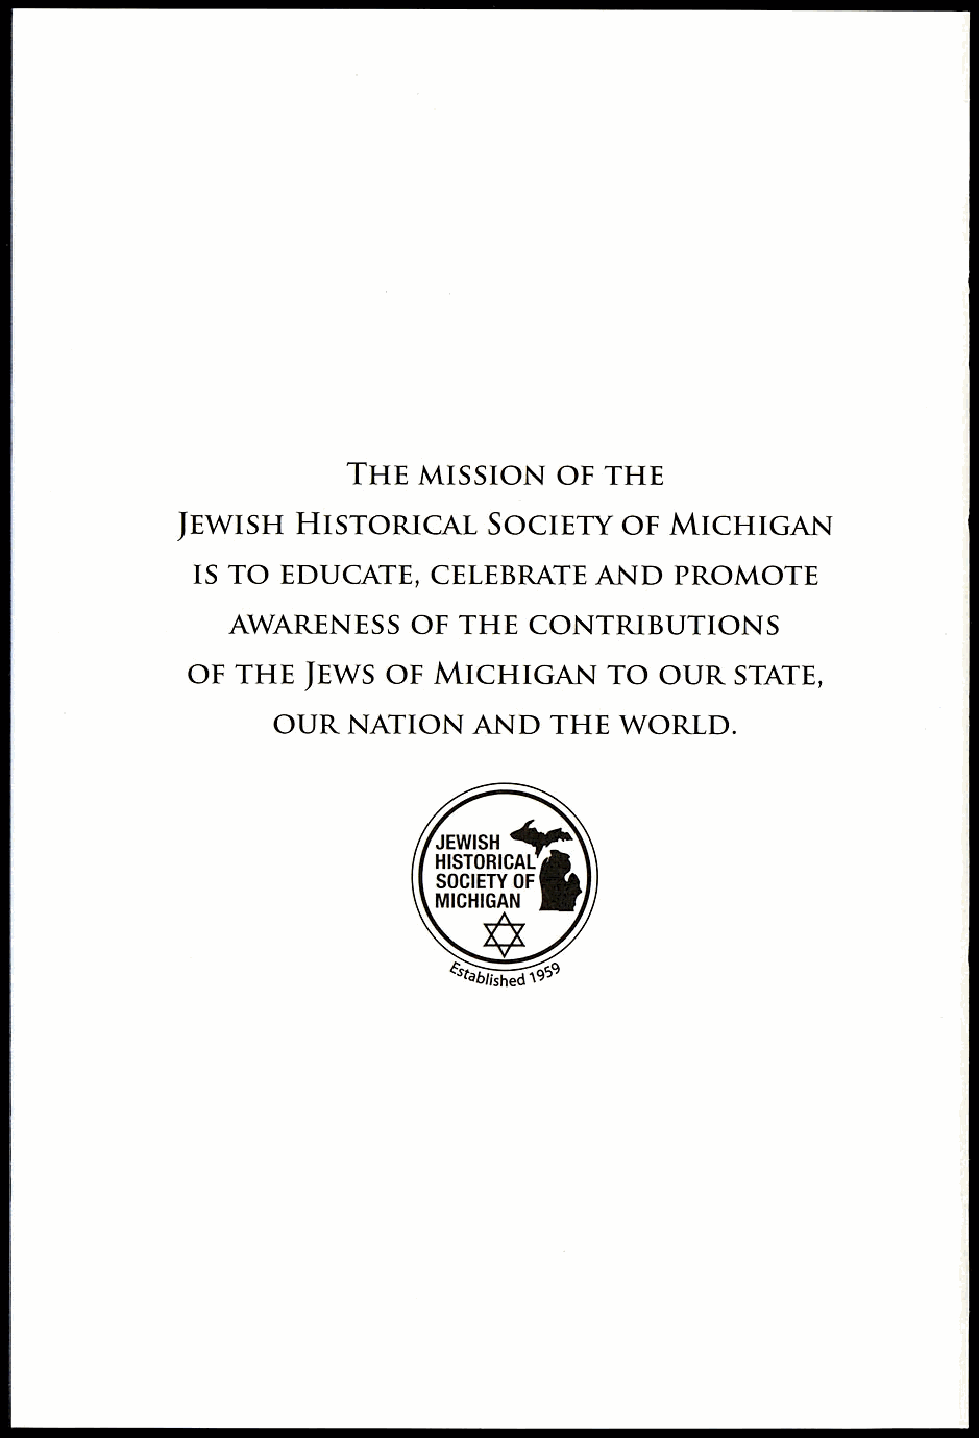
THE  MISSION OF  THE
 JEWISH HISTORICAL   SOCIETY  OF MICHIGAN
 IS TO EDUCATE, CELEBRATE   AND PROMOTE
 AWARENESS   OF THE  CONTRIBUTIONS
 OF  THE JEWS  OF MICHIGAN   TO OUR  STATE,
 OUR  NATION  AND  THE  WORLD.
 JEWISH 4'*
 HISTORICAL
 SOCIETY OF
 MICHIGAN
 a lished19